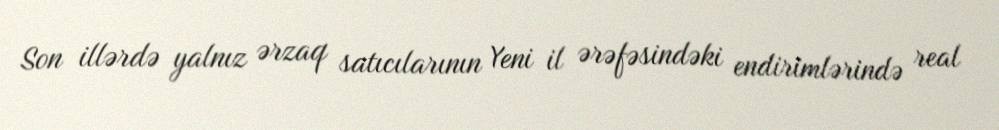
Son illərdə yalnız ərzaq satıcılarının Yeni il ərəfəsindəki endirimlərində real